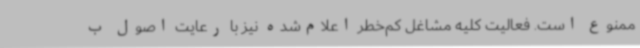
ممنوع است. فعالیت کلیه مشاغل کم‌خطر اعلام‌شده نیز با رعایت اصول ب